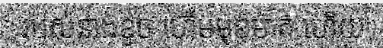
របស់នាងខូច ហើមមុខមាត់ ហើយ